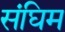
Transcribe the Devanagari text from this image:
संघिम